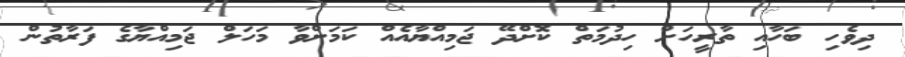
ދިވެހި ބަހާއި ތާރީހަށް ހިދުމަތް ކޮށްދޭ ޖަމިއްޔާއެއް ކަމަށްވާ މަހަލް ޖަމިއްޔާގެ ފަރާތުން